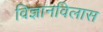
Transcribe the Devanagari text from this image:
विज्ञानविलास